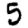
Digit: 5